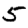
Digit: 5